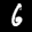
Label: 6